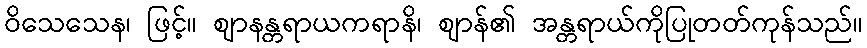
ဝိသေသေန၊ ဖြင့်။ ဈာနန္တရာယကရာနိ၊ ဈာန်၏ အန္တရာယ်ကိုပြုတတ်ကုန်သည်။